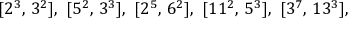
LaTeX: [ 2 ^ { 3 } , \, 3 ^ { 2 } ] , \ [ 5 ^ { 2 } , \, 3 ^ { 3 } ] , \ [ 2 ^ { 5 } , \, 6 ^ { 2 } ] , \ [ 1 1 ^ { 2 } , \, 5 ^ { 3 } ] , \ [ 3 ^ { 7 } , \, 1 3 ^ { 3 } ] ,